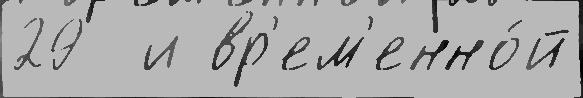
29  и вр'ем'енно́й